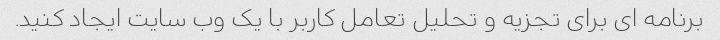
برنامه ای برای تجزیه و تحلیل تعامل کاربر با یک وب سایت ایجاد کنید.